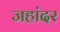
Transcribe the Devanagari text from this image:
जहांदर